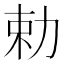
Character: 勅